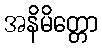
အနိမိတ္တော